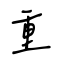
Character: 重